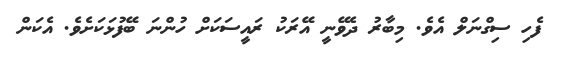
ފެހި ސިގްނަލް އެވެ. މިބާރު ދެވޭނީ އޭރަކު ރައީސަކަށް ހުންނަ ބޭފުޅަކަށެވެ. އެކަން